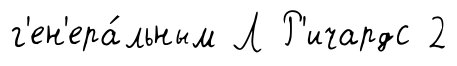
г'ен'ера́льным Л Р'ичардс 2